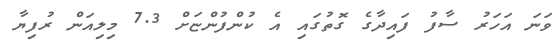
ވަނަ އަހަރު ސާފު ފައިދާގެ ގޮތުގައި އެ ކުންފުންޏަށް 7.3 މިލިއަން ރުފިޔާ